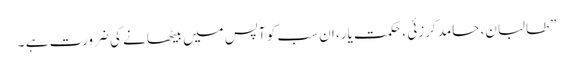
”طالبان، حامد کرزئی ، حکمت یار، ان سب کو آپس میں بیٹھانے کی ضرورت ہے ۔